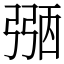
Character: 𢐀